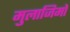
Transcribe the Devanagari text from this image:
मुलाजिमों